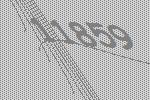
11859